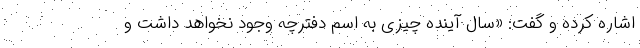
اشاره کرده و گفت: «سال آینده چیزی به اسم دفترچه وجود نخواهد داشت و